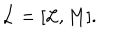
\dot { { \cal L } } = [ { \cal L } , M ] .